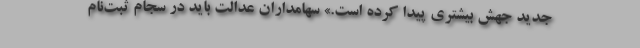
جدید جهش بیشتری پیدا کرده است.» سهامداران عدالت باید در سجام ثبت‌نام